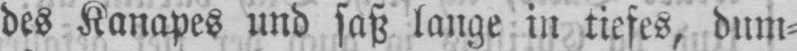
des Kanapes und saß lange in tiefes, dum⸗